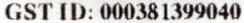
GST ID: 000381399040